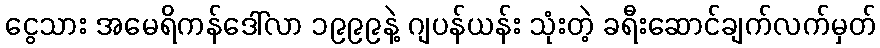
ငွေသား အမေရိကန်ဒေါ်လာ ၁၉၉၉နဲ့ ဂျပန်ယန်း သုံးတဲ့ ခရီးဆောင်ချက်လက်မှတ်